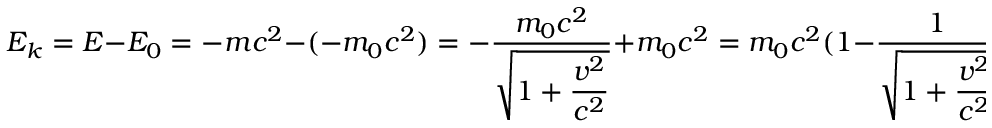
E _ { k } = E - E _ { 0 } = - m c ^ { 2 } - ( - m _ { 0 } c ^ { 2 } ) = - { \frac { m _ { 0 } c ^ { 2 } } { \sqrt { 1 + \displaystyle { \frac { v ^ { 2 } } { c ^ { 2 } } } } } } + m _ { 0 } c ^ { 2 } = m _ { 0 } c ^ { 2 } ( 1 - { \frac { 1 } { \sqrt { 1 + \displaystyle { \frac { v ^ { 2 } } { c ^ { 2 } } } } } } ) < 0